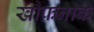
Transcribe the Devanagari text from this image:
खौफ़नाक